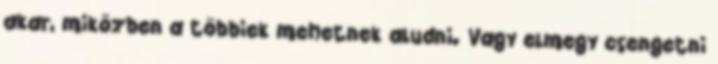
akar, miközben a többiek mehetnek aludni. Vagy elmegy csengetni